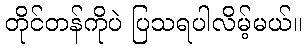
တိုင်တန်ကိုပဲ ပြသရပါလိမ့်မယ်။